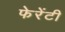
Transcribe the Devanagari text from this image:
फेरेंटी